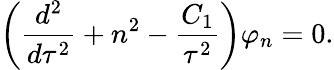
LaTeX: \left({\frac{d^{2}}{d\tau^{2}}}+n^{2}-{\frac{C_{1}}{\tau^{2}}}\right)\varphi_{n}=0.